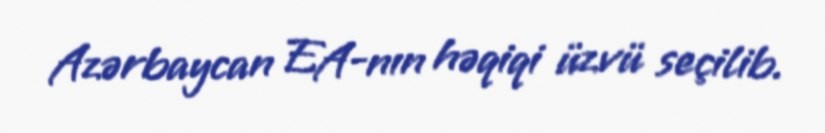
Azərbaycan EA-nın həqiqi üzvü seçilib.